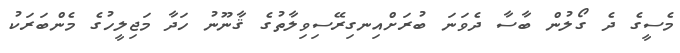
މެސީގެ ދެ ގޯލުން ބާސާ ދެވަނަ ބުރަށްއިނގިރޭސިވިލާތުގެ ޤާނޫނު ހަދާ މަޖިލީހުގެ މެންބަރަކު